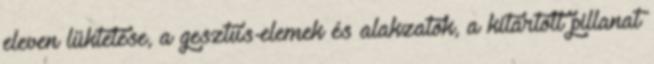
eleven lüktetése, a gesztus-elemek és alakzatok, a kitartott pillanat